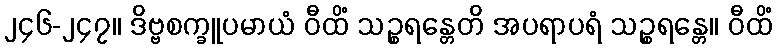
၂၄၆-၂၄၇။ ဒိဗ္ဗစက္ခူပမာယံ ဝီထိံ သဉ္စရန္တေတိ အပရာပရံ သဉ္စရန္တေ။ ဝီထိံ